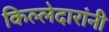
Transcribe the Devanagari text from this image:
किल्लेदारांनी